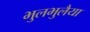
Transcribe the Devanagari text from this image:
भुलभुलैया